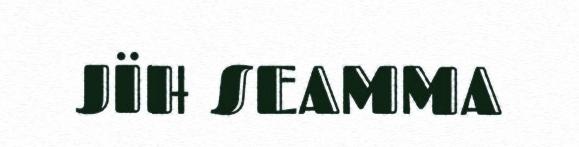
JÏH SEAMMA